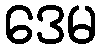
ဒေမ